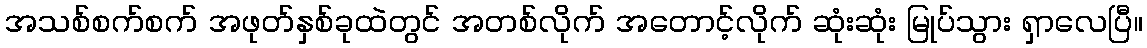
အသစ်စက်စက် အဖုတ်နှစ်ခုထဲတွင် အတစ်လိုက် အတောင့်လိုက် ဆုံးဆုံး မြုပ်သွား ရှာလေပြီ။